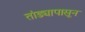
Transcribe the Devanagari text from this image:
तांड्यापासून